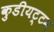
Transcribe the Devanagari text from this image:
कुडीयट्टम